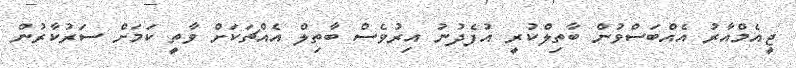
ޖީއެމްއާރު އެއްބަސްވުން ބާތިލްކުރީ އުފެދުނު އިރުވެސް ބާތިލް އެއްޗަކަށް ވާތީ ކަމަށް ސަރުކާރުން